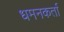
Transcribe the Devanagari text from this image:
धमनकर्ता